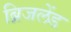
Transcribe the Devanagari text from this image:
ब्रिजलेंड